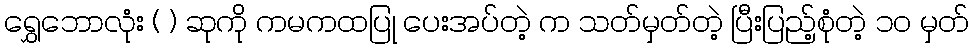
ရွှေဘောလုံး ( ) ဆုကို ကမကထပြု ပေးအပ်တဲ့ က သတ်မှတ်တဲ့ ပြီးပြည့်စုံတဲ့ ၁၀ မှတ်